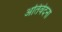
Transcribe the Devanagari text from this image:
अतिवेदना